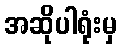
အဆိုပါရုံးမှ